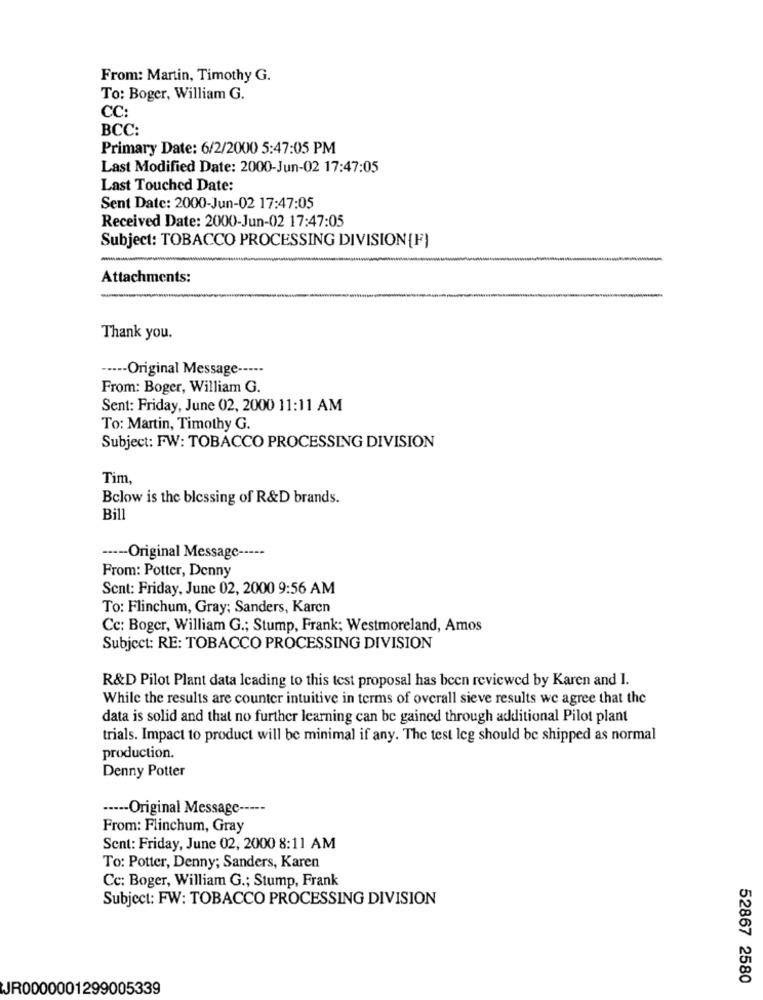
From: Martin, Timothy G.
To: Boger, William G.
CC:
BCC:
Primary Date: 6/2/2000 5:47:05 PM
Last Modified Date: 2000-Jun-02 17:47:05
Last Touched Date:
Sent Date: 2000-Jun-02 17:47:05
Received Date: 2000-Jun-02 17:47:05
Subject: TOBACCO PROCESSING DIVISION[F]
Attachments:
Thank you.
----- Original Message -----
From: Boger, William G.
Sent: Friday, June 02, 2000 11:11 AM
To: Martin, Timothy G.
Subject: FW: TOBACCO PROCESSING DIVISION
Tim,
Below is the blessing of R&D brands.
Bil
----- Original Message -----
From: Potter, Denny
Sent: Friday, June 02, 2000 9:56 AM
To: Flinchum, Gray; Sanders, Karen
Cc: Boger, William G .; Stump, Frank; Westmoreland, Amos
Subject: RE: TOBACCO PROCESSING DIVISION
R&D Pilot Plant data Icading to this test proposal has been reviewed by Karen and I.
While the results are counter intuitive in terms of overall sieve results we agree that the
data is solid and that no further learning can be gained through additional Pilot plant
trials. Impact to product will be minimal if any. The test leg should be shipped as normal
production.
Denny Potter
----- Original Message -----
From: Flinchum, Gray
Sent: Friday, June 02, 2000 8:11 AM
To: Potter, Denny; Sanders, Karen
Cc: Boger, William G .; Stump, Frank
Subject: FW: TOBACCO PROCESSING DIVISION
52867 2580
JR0000001299005339